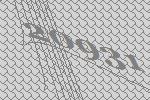
20931